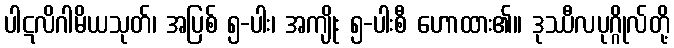
ပါဋလိဂါမိယသုတ်၊ အပြစ် ၅-ပါး၊ အကျိုး ၅-ပါးစီ ဟောထား၏။ ဒုဿီလပုဂ္ဂိုလ်တို့